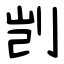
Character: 剀